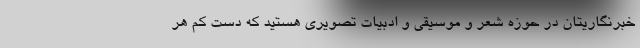
خبرنگاریتان در حوزه شعر و موسیقی و ادبیات تصویری هستید که دست کم هر